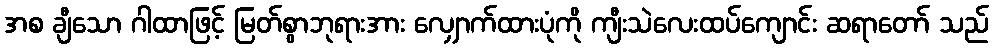
အစ ချီသော ဂါထာဖြင့် မြတ်စွာဘုရားအား လျှောက်ထားပုံကို ကျီးသဲလေးထပ်ကျောင်း ဆရာတော် သည်